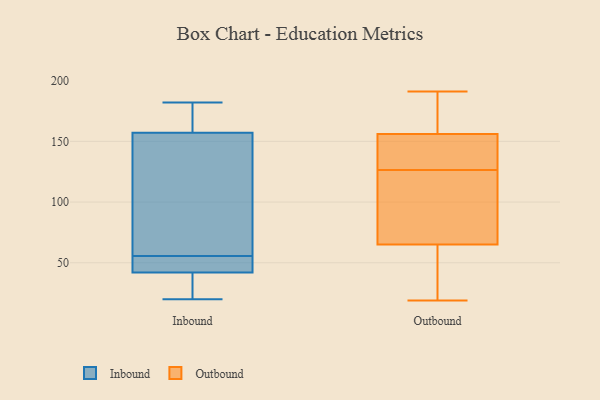
{"axis": {"x": "Energy Usage (MWh)", "y": "Value"}, "legend": ["Inbound", "Outbound"], "data": [{"x": "", "y": 42, "type": "Inbound"}, {"x": "", "y": 58, "type": "Inbound"}, {"x": "", "y": 174, "type": "Inbound"}, {"x": "", "y": 157, "type": "Inbound"}, {"x": "", "y": 44, "type": "Inbound"}, {"x": "", "y": 20, "type": "Inbound"}, {"x": "", "y": 60, "type": "Inbound"}, {"x": "", "y": 42, "type": "Inbound"}, {"x": "", "y": 182, "type": "Inbound"}, {"x": "", "y": 53, "type": "Inbound"}, {"x": "", "y": 191, "type": "Outbound"}, {"x": "", "y": 103, "type": "Outbound"}, {"x": "", "y": 51, "type": "Outbound"}, {"x": "", "y": 172, "type": "Outbound"}, {"x": "", "y": 183, "type": "Outbound"}, {"x": "", "y": 132, "type": "Outbound"}, {"x": "", "y": 69, "type": "Outbound"}, {"x": "", "y": 124, "type": "Outbound"}, {"x": "", "y": 19, "type": "Outbound"}, {"x": "", "y": 65, "type": "Outbound"}, {"x": "", "y": 129, "type": "Outbound"}, {"x": "", "y": 156, "type": "Outbound"}, {"x": "", "y": 145, "type": "Outbound"}, {"x": "", "y": 64, "type": "Outbound"}]}